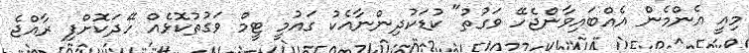
މިއީ އެންމެން އެއްބައިވާންޖެހޭ ވަގުތު" ކުޑަކުދިންނާއެކު ގައުމީ ޓީމް ވަގުތުކޮޅެއް ހޭދަކޮށްފި ރާއްޖެ